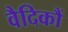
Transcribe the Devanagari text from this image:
वैदिकौं